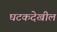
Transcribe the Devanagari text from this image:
घटकदेखील